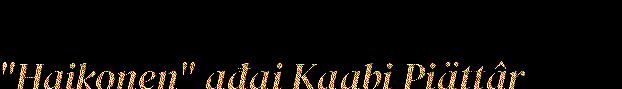
"Haikonen" ađai Kaabi Piättâr